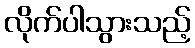
လိုက်ပါသွားသည့်